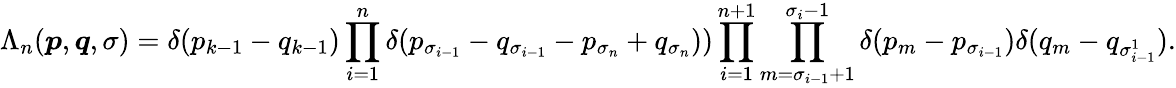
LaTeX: \Lambda_{n}(\boldsymbol{p},\boldsymbol{q},\sigma)=\delta(p_{k-1}-q_{k-1})\prod_{i=1}^{n}\delta(p_{\sigma_{i-1}}-q_{\sigma_{i-1}}-p_{\sigma_{n}}+q_{\sigma_{n}}))\prod_{i=1}^{n+1}\prod_{m=\sigma_{i-1}+1}^{\sigma_{i}-1}\delta(p_{m}-p_{\sigma_{i-1}})\delta(q_{m}-q_{\sigma_{i-1}^{1}}).